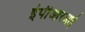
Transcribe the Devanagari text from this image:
ईपीआरआई